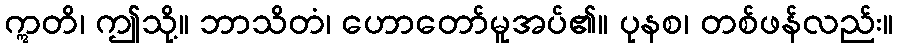
ဣတိ၊ ဤသို့။ ဘာသိတံ၊ ဟောတော်မူအပ်၏။ ပုနစ၊ တစ်ဖန်လည်း။